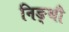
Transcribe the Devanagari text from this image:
निङ्थौ